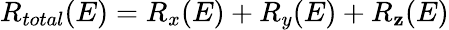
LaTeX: R_{total}(E)=R_{x}(E)+R_{y}(E)+R_{\mathbf{z}}(E)